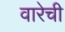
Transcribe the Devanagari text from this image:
वारेची